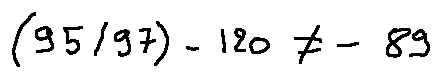
( 9 5 / 9 7 ) - 1 2 0 \neq - 8 9